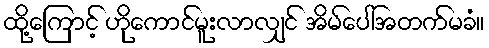
ထို့ကြောင့် ဟိုကောင်မူးလာလျှင် အိမ်ပေါ်အတက်မခံ။